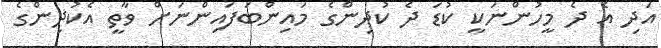
އަދި އެ ދެ މީހުންނަކީ ކުޑަ ދެ ކުދިންގެ މައިންބަފައިންނަށް ވާތީ އެކުދިންގެ